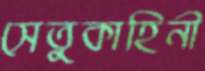
সেতুকাহিনী